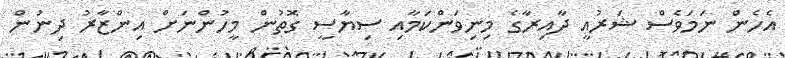
އެހެން ނަމަވެސް ޝަރުއީ ދާއިރާގެ މިނިވަންކަމާއި ސިޔާސީ ގޮތުން މީހުންނަށް އިންޒާރު ދިނުން